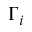
\Gamma _ { i }